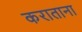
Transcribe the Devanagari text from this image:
कराताना